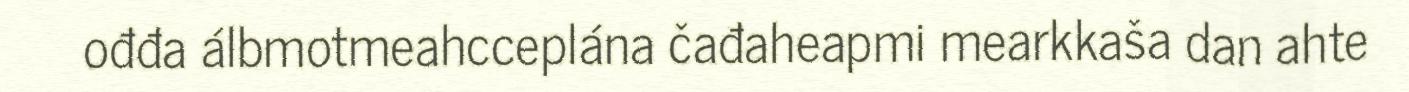
ođđa álbmotmeahcceplána čađaheapmi mearkkaša dan ahte